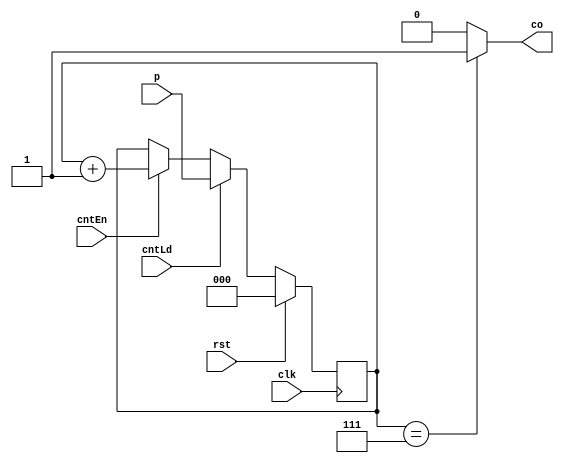
module Counter_3b(
    input clk, rst,
    input cntEn, cntLd,
    input [2:0] p,
    output co
);
    reg [2:0] count;
    always @(posedge clk) begin
        if(rst)
            count <= 3'b0;
        else if(cntLd)
            count <= p;
        else if(cntEn)
            count <= count + 3'd1;
    end

    assign co= (count==3'b111) ? 1'b1 : 1'b0;

endmodule